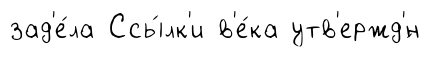
зад'е́ла Ссы́лк'и в'е́ка утв'ержд'́н